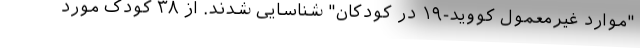
"موارد غیرمعمول کووید-۱۹ در کودکان" شناسایی شدند. از ۳۸ کودک مورد